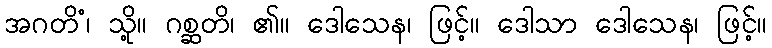
အဂတိံ၊ သို့။ ဂစ္ဆတိ၊ ၏။ ဒေါသေန၊ ဖြင့်။ ဒေါသာ ဒေါသေန၊ ဖြင့်။